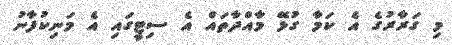
މި ގަރާރުގެ އެ ކަމާ ގުޅޭ މާއްދާތައް އެ ސިޓީގައި އެ މަނިކުފާނު